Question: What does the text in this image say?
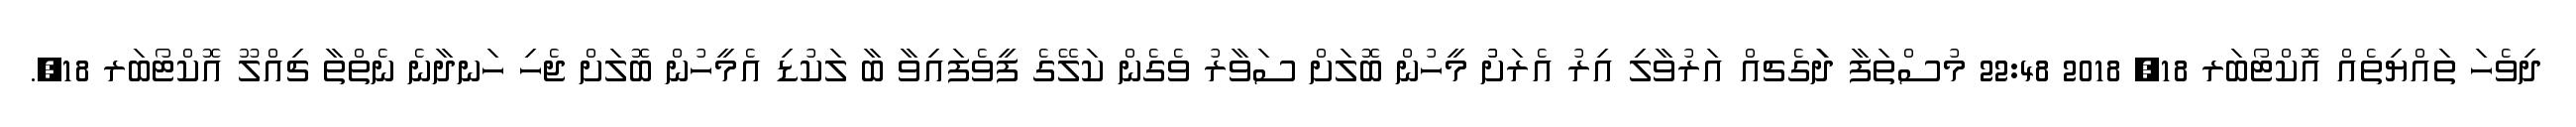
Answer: ދިވެހަ ތައްޔިތެއް އޮކްޓޯބަރ 18, 2018 22:48 މުސްތަފާ ދަަަަަަަގެޗއް އަރުވާލި އިރު އެރަށުު މީހުން ބޮލަށް ސަވާރު ވެގެން ކަލޭގެ ފީވެފައިވާ ބާ ލަކުޑި އެމީހުން ބޮލަށް ޖެހި ހަނދާނެ ނެތްތާ ޗިއްލޫ އޮކްޓޯބަރ 18,.